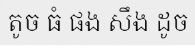
តូច ធំ ផង សឹង ដូច